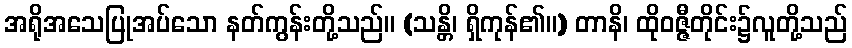
အရိုအသေပြုအပ်သော နတ်ကွန်းတို့သည်။ (သန္တိ၊ ရှိကုန်၏။) တာနိ၊ ထိုဝဇ္ဇီတိုင်း၌လူတို့သည်